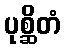
ပုစ္ဆိတံ